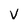
Character: V